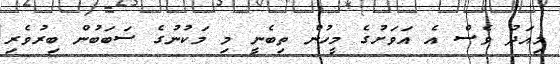
މިއަދު ވެސް އެ އަވަށުގެ މީހުން ތިބެނީ މި މަކުނުގެ ސަބަބުން ބިރުވެރި